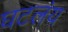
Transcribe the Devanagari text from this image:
घटलंय